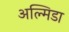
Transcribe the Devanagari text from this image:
अल्मिडा